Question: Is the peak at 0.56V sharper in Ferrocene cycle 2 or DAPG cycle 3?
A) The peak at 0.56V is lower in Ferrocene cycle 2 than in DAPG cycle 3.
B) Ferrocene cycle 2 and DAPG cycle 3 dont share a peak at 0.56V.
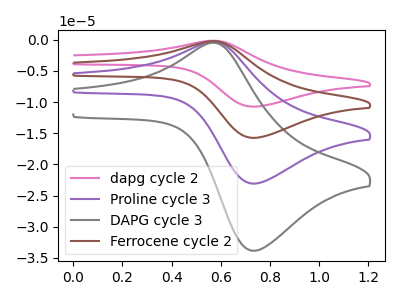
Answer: <think>The pink curve "dapg cycle 2" has an anodic peak at (0.55V, -1.00uA) and a cathodic peak at (0.75V, -69.25uA). The purple curve "Proline cycle 3" has an anodic peak at (0.55V, -0.35uA) and a cathodic peak at (0.75V, -23.10uA). The gray curve "DAPG cycle 3" has an anodic peak at (0.55V, -0.50uA) and a cathodic peak at (0.75V, -33.85uA). The brown curve "Ferrocene cycle 2" has an anodic peak at (0.55V, -0.65uA) and a cathodic peak at (0.75V, -46.15uA).</think>
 <answer>A) The peak at 0.56V is lower in "Ferrocene cycle 2" than in "DAPG cycle 3".</answer>
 <eval>A</eval>